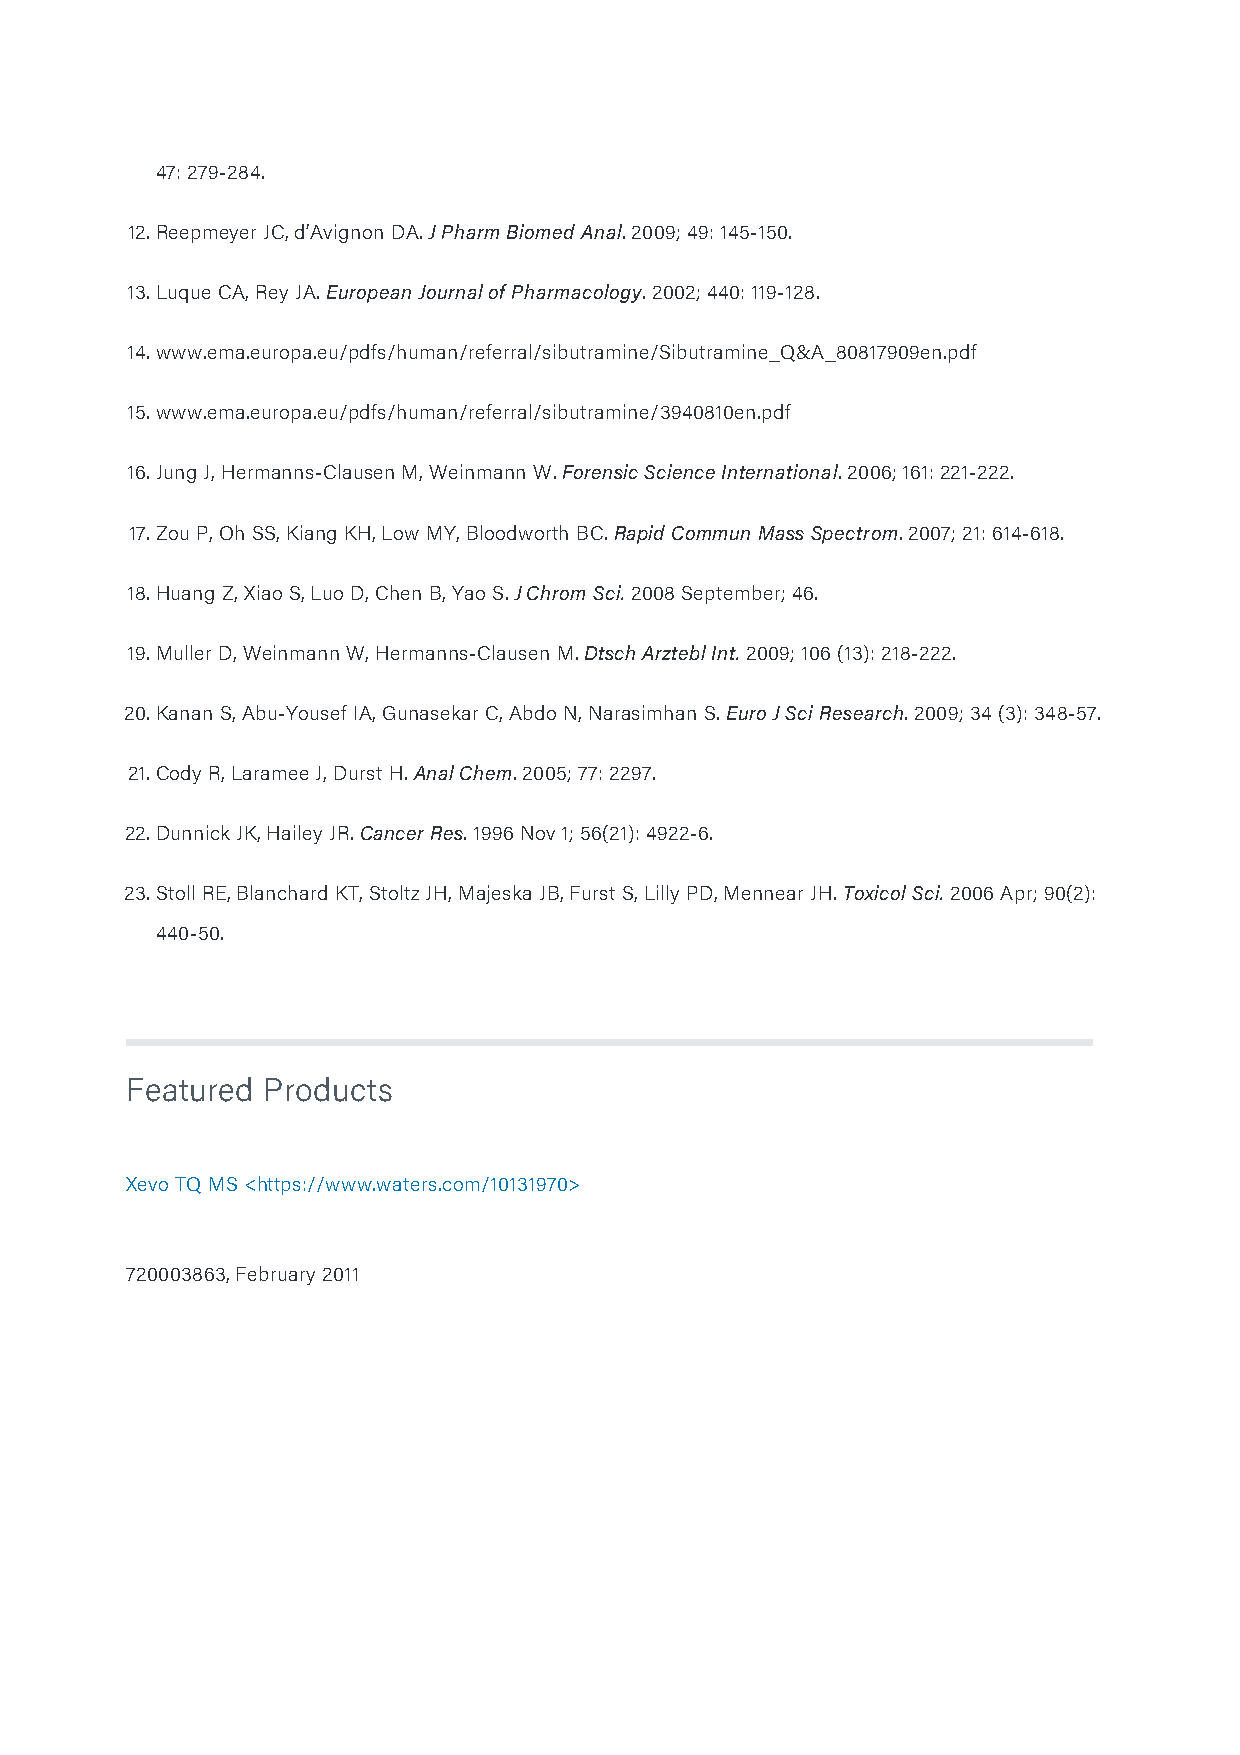
47: 279-284.
 12. Reepmeyer JC, d’Avignon DA. J Pharm Biomed Anal. 2009; 49: 145-150.
 13. Luque CA, Rey JA. European Journal of Pharmacology. 2002; 440: 119-128.
 14. www.ema.europa.eu/pdfs/human/referral/sibutramine/Sibutramine_Q&A_80817909en.pdf
 15. www.ema.europa.eu/pdfs/human/referral/sibutramine/3940810en.pdf
 16. Jung J, Hermanns-Clausen M, Weinmann W. Forensic Science International. 2006; 161: 221-222.
 17. Zou P, Oh SS, Kiang KH, Low MY, Bloodworth BC. Rapid Commun Mass Spectrom. 2007; 21: 614-618.
 18. Huang Z, Xiao S, Luo D, Chen B, Yao S. J Chrom Sci. 2008 September; 46.
 19. Muller D, Weinmann W, Hermanns-Clausen M. Dtsch Arztebl Int. 2009; 106 (13): 218-222.
 20. Kanan S, Abu-Yousef IA, Gunasekar C, Abdo N, Narasimhan S. Euro J Sci Research. 2009; 34 (3): 348-57.
 21. Cody R, Laramee J, Durst H. Anal Chem. 2005; 77: 2297.
 22. Dunnick JK, Hailey JR. Cancer Res. 1996 Nov 1; 56(21): 4922-6.
 23. Stoll RE, Blanchard KT, Stoltz JH, Majeska JB, Furst S, Lilly PD, Mennear JH. Toxicol Sci. 2006 Apr; 90(2):
 440-50.
 Featured Products
 Xevo TQ MS <https://www.waters.com/10131970>
 720003863, February 2011